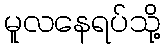
မူလနေရပ်သို့